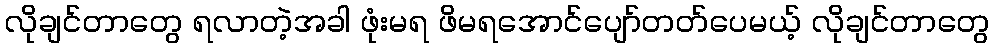
လိုချင်တာတွေ ရလာတဲ့အခါ ဖုံးမရ ဖိမရအောင်ပျော်တတ်ပေမယ့် လိုချင်တာတွေ